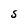
Character: S